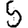
Digit: 5